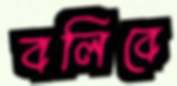
বলিবে